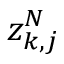
z _ { k , j } ^ { N }